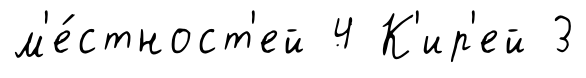
м'е́стност'ей 4 К'ир'ей 3